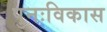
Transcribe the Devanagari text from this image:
पुनःविकास